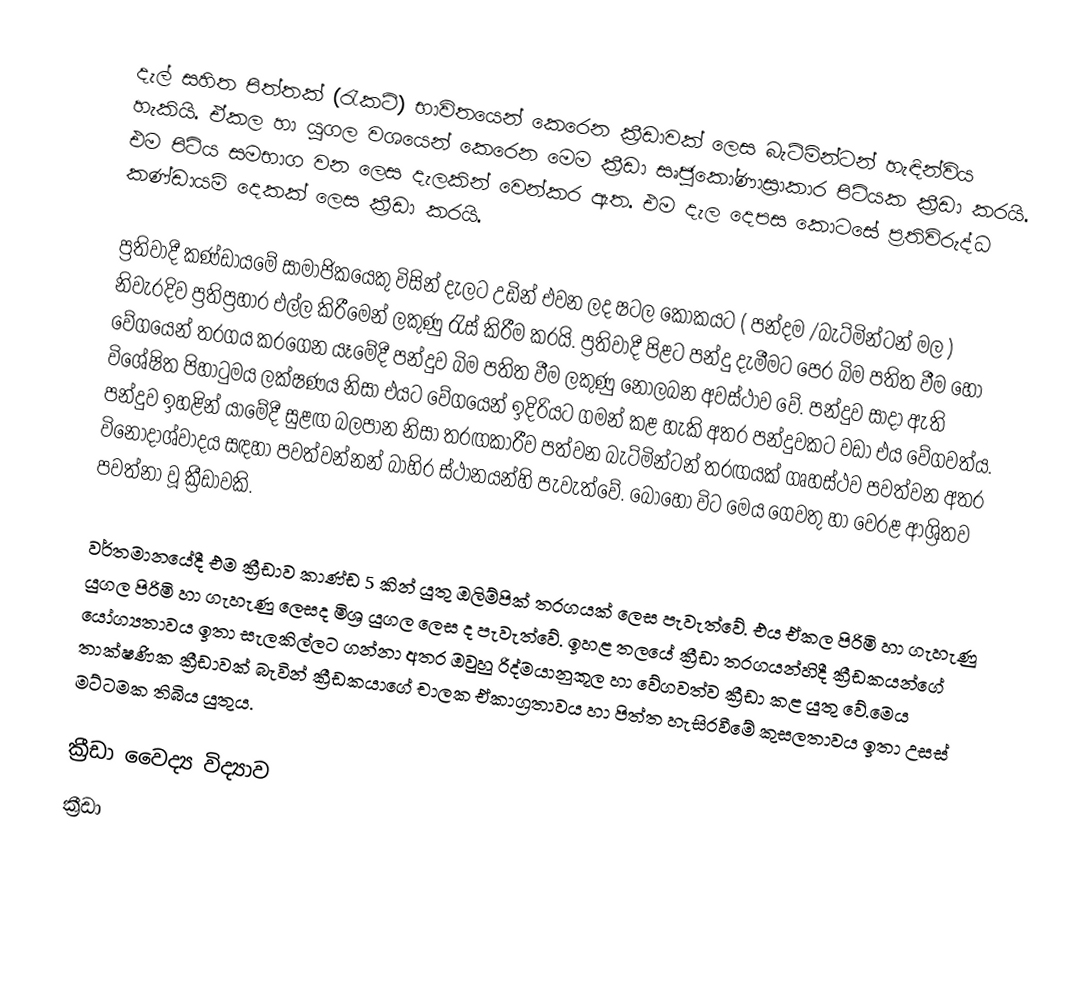
දැල් සහිත පිත්තක් (රැකට්) භාවිතයෙන් කෙරෙන ක්‍රීඩාවක් ලෙස බැට්මින්ටන් හැඳින්විය හැකියි. ඒකල හා යුගල වශයෙන් කෙරෙන මෙම ක්‍රීඩා සෘජුකෝණාස්‍රාකාර පිටියක ක්‍රීඩා කරයි. එම පිටිය සමභාග වන ලෙස දැලකින් වෙන්කර ඇත. එම දැල දෙපස කොට‍සේ ප්‍රතිවිරුද්ධ කණ්ඩායම් දෙකක් ලෙස ක්‍රීඩා කරයි.

ප්‍රතිවාදී කණ්ඩාය‍මේ සාමාජිකයෙකු විසින් දැලට උඩින් එවන ලද ෂටල කෝකයට ( පන්දම /බැට්මින්ටන් මල ) නිවැරදිව ප්‍රතිප්‍රහාර එල්ල කිරීමෙන් ලකුණු රැස් කිරීම කරයි. ප්‍රතිවාදී පිළට පන්දු දැමීමට පෙර බිම පතිත වීම හෝ වේගයෙන් තරගය කරගෙන යෑමේදී පන්දුව බිම පතිත වීම ලකුණු නොලබන අවස්ථාව වේ. පන්දුව සාදා ඇති විශේෂිත පිහාටුමය ලක්ෂණය නිසා එයට වේගයෙන් ඉදිරියට ගමන් කළ හැකි අතර පන්දුවකට වඩා එය වේගවත්ය. පන්දුව ඉහළින් යාමේදී සුළඟ බලපාන නිසා තරඟකාරීව පත්වන බැට්මින්ටන් තරඟයක් ගෘහස්ථව පවත්වන අතර විනෝදාශ්වාදය සඳහා පවත්වන්නන් බාහිර ස්ථානයන්හි පැවැත්වේ. බොහෝ විට මෙය ගෙවතු හා වෙරළ ආශ්‍රිතව පවත්නා වූ ක්‍රීඩාවකි.

වර්තමානයේදී එම ක්‍රීඩාව කාණ්ඩ 5 කින් යුතු ඔලිම්පික් තරගයක් ලෙස පැවැත්වේ. එය ඒකල පිරිමි හා ගැහැණු යුගල පිරිමි හා ගැහැණු ලෙසද මිශ්‍ර යුගල ලෙස ද පැවැත්වේ. ඉහළ තලයේ ක්‍රීඩා තරගයන්හිදී ක්‍රීඩකයන්ගේ යෝග්‍යතාවය ඉතා සැලකිල්ලට ගන්නා අතර ඔවුහු රිද්මයානුකූල හා වේගවත්ව ක්‍රීඩා කළ යුතු වේ.මෙය තාක්ෂණික ක්‍රීඩාවක් බැවින් ක්‍රීඩකයාගේ චාලක ඒකාග්‍රතාවය හා පිත්ත හැසිරවීමේ කුසලතාවය ඉතා උසස් මට්ටමක තිබිය යුතුය.

ක්‍රීඩා වෛද්‍ය විද්‍යාව
ක්‍රීඩා